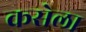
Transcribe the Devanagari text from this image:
कसेला